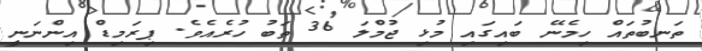
ތަނބުތައް ހިމެނޭ ބައިގައި މުޅި ޖުމްލަ 36 ތަބު ހުރެއެވެ. ޕިރަމިޑް އިންނަނީ